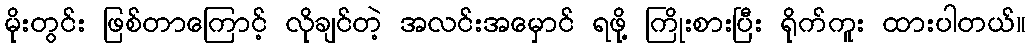
မိုးတွင်း ဖြစ်တာကြောင့် လိုချင်တဲ့ အလင်းအမှောင် ရဖို့ ကြိုးစားပြီး ရိုက်ကူး ထားပါတယ်။